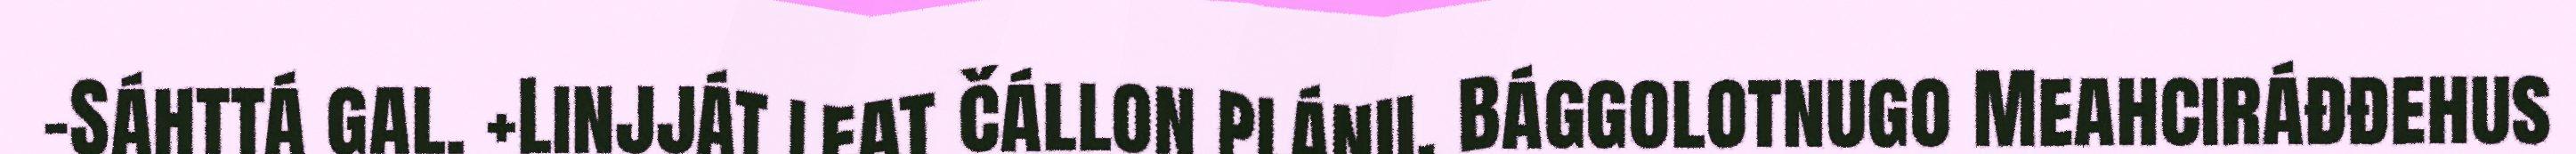
-Sáhttá gal. +Linjját leat čállon plánii. Bággolotnugo Meahciráđđehus